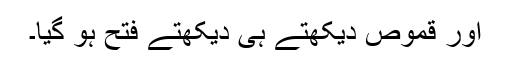
اور قموص دیکھتے ہی دیکھتے فتح ہو گیا۔